Civil Veterinary Dept. Bombay admin report 1923-31 - 1923-1931
Year: 1923
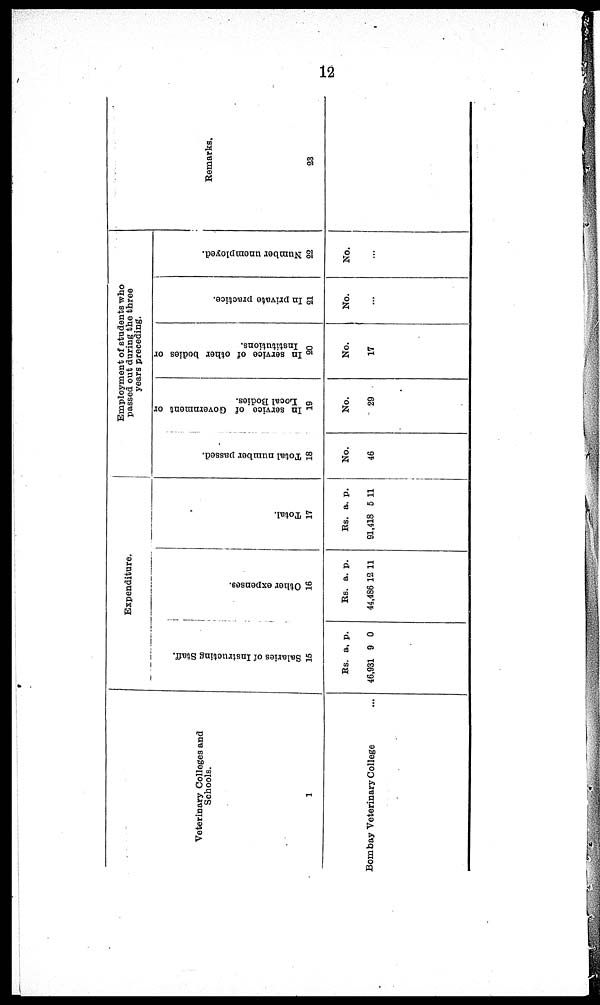
12
Veterinary Colleges and
Schools.
1
Bombay Veterinary College ...
Expenditure.
Sal ar i
es of I ns t
r uct i
ng St af f .
15
Rs.
46,931
a.
9
p.
0
Ot her e xpe ns e s .
16
Rs.
44,486
a.
12
p.
11
Tot al .
17
Rs.
91,418
a.
5
p.
11
Employment of students who
passed out during the three
years preceding.
Total number passed.
18
No.
46
In service of Government or
Local Bodies.
19
No.
29
In service of other bodies or
Institutions.
20
No.
17
In private practice.
21
No.
...
Number unemployed.
22
No.
...
Remarks.
23